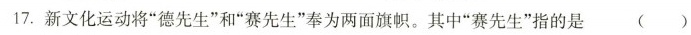
17.新文化运动将”德先生”和”赛先生”奉为两面旗帜。其中”赛先生”指的是()